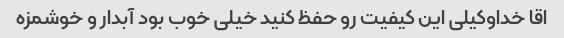
اقا خداوکیلی این کیفیت رو حفظ کنید خیلی خوب بود آبدار و خوشمزه